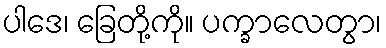
ပါဒေ၊ ခြေတို့ကို။ ပက္ခာလေတွာ၊